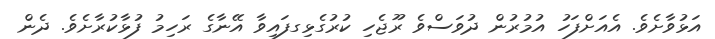
އަޅުވާށެވެ. އެއަށްފަހު އުމުރުން ދުވަސްވެ ރޫޖެހި ކުރުގެޅިގފައިވާ އޭނާގެ ރަހިމު ފުޅާކުރާށެވެ. ދެން